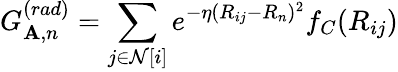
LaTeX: G_{\mathbf{A},n}^{(rad)}=\sum_{j\in\mathcal{{N}}[i]}e^{-\eta(R_{ij}-R_{n})^{2}}f_{C}(R_{ij})